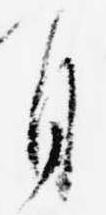
自